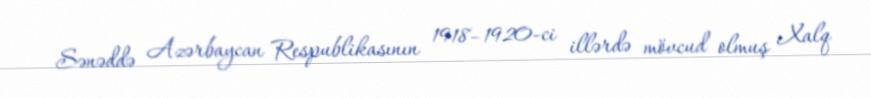
Sənəddə Azərbaycan Respublikasının 1918–1920-ci illərdə mövcud olmuş Xalq